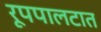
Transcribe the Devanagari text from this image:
रूपपालटात